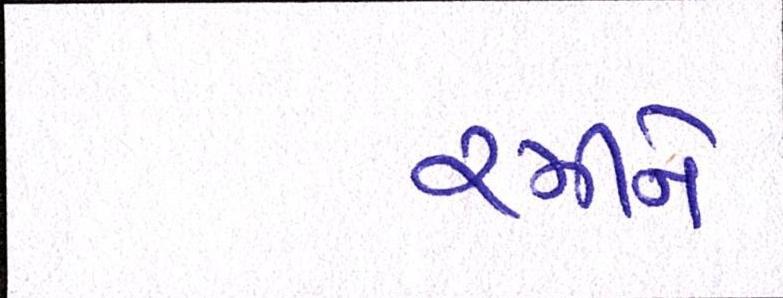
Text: રમીને